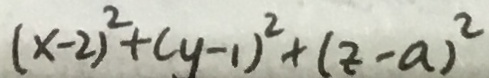
( x - 2 ) ^ { 2 } + ( y - 1 ) ^ { 2 } + ( z - a ) ^ { 2 }